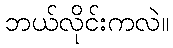
ဘယ်လိုင်းကလဲ။